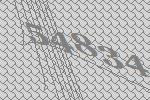
54834